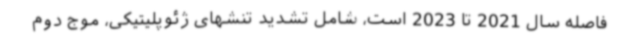
فاصله سال 2021 تا 2023 است، شامل تشدید تنشهای ژئوپلیتیکی، موج دوم